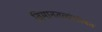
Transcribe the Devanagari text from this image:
विमानतळांसोबत